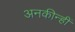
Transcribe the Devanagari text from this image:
अनकीन्‍हीं